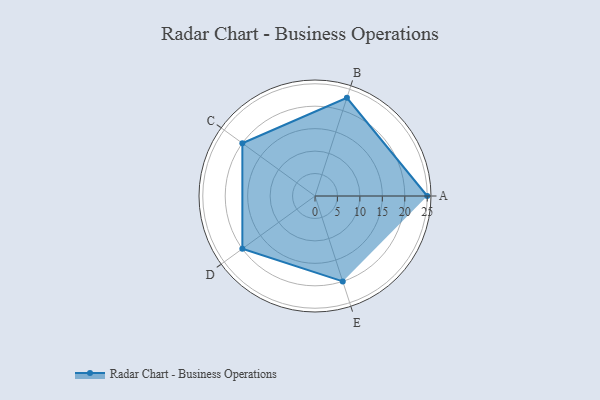
{"axis": {"x": "Skill", "y": "Score"}, "legend": ["Profile"], "data": [{"x": "A", "y": 25.0, "type": "Profile"}, {"x": "B", "y": 23.0, "type": "Profile"}, {"x": "C", "y": 20, "type": "Profile"}, {"x": "D", "y": 20, "type": "Profile"}, {"x": "E", "y": 20, "type": "Profile"}]}